Vaccination in Bombay 1889-1901 - 1889-1901
Year: 1889
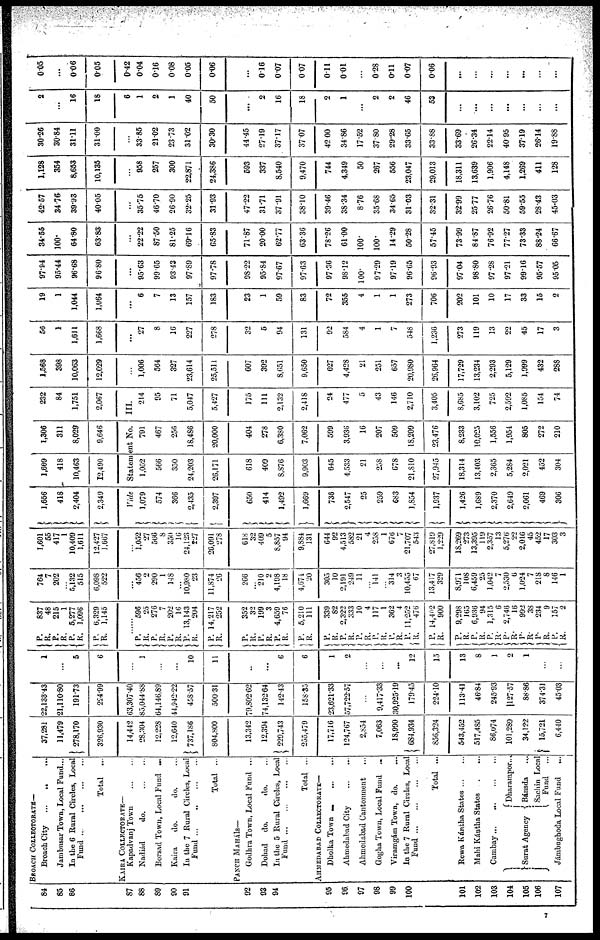
84
85
86
87
88
89
90
91
92
93
94
95
96.
97
98
99
100
101
102
103
104
105
106
107
BROACH COLLECTORATE—
Broach City
...
...
...
Jambusar Town, Local Fund...
In the 6 Rural Circles, Local
Fund ...
...
...
...
Total
...
KAIRA COLLECTORATE—
Kapadvanj Town
...
...
Nadád
do.
...
...
Borsad Town, Local Fund ...
Kaira
do.
do. ...
In the 7 Rural Circles, Local
Fund
...
...
...
...
Total ...
PANCH MAHÁls—
Godhra Town, Local Fund ...
Dohad
do.
do. ...
In the 5 Rural Circles, Local
Fund
...
...
...
...
Total ...
AHMEDABAD COLLECTORATE—
Dholka Town ... ... ...
Ahmedabad City
...
...
Ahmedabad Cantonment ...
Gogha Town, Local Fund ...
Viramgám Town, do.
In the 7 Rural Circles, Local
Fund
...
...
...
...
Total ...
Rewa Kántha States ... ...
Mahi Kántha States ... ...
Cambay...
...
...
...
Surat Agency
Dharampor...
Bánsda
...
Sachin Local
Fund
...
Jámbughoda Local Fund
...
37,281
11,479
278,170
326,930
14,442
28,304
12,228
12,640
737,186
804,800
13,342
12,394
229,743
255,479
17,716
124,767
2,854
7,063
18,990
684,934
856,324
543,452
517,485
86,074
101,289
34,122
15,721
6,440
22,133.43
21,110.80
191.73
224.99
63,307.40
85,044.88
64,146,89
44,942.22
458.57
500.31
79,802.62
74,132.64
142.43
158.35
23,621.33
57,722.57
...
9,417.33
30,925.19
179.45
224.10
113.41
46,84
245.93
127.57
88.86
374.31
45.03
1
...
5
6
...
1
...
...
10
11
...
...
6
6
1
2
...
...
...
12
15
13
8
1
2
1
...
...
P.
R.
P.
R.
P.
R.
P.
R.
...
P.
R.
P.
R.
P.
R.
P.
R.
P.
R.
P.
R.
P.
R.
P.
R.
P.
R.
P.
R.
P.
R.
P.
R.
P.
R.
P.
R.
P.
R.
P.
R.
P.
R.
P.
R.
P.
R.
P.
R.
P.
R.
P.
R.
P.
R.
837
48
215
1
5,277
1,096
6,329
1,145
...
596
25
276
7
202
16
13,143
204
14,217
252
352
32
199
3
4,659
76
5,210
111
339
82
2,322
333
10
4
117
1
362
4
11,252
476
14,402
900
9,298
165
6,936
94
1,315
6
2,746
16
992
38
234
9
157
2
764
7
202
...
6,132
515
6,098
522
...
456
2
290
1
148
...
10,980
23
11,874
26
266
...
210
2
4,198
18
4,674
20
305
10
2,191
249
11
...
141
...
314
3
10,455
67
13,417
329
8,971
108
6,459
25
1,042
7
2,530
6
1,024
7
218
8
146
1
1,601
55
417
1
10,409
1,611
12,427
1,667
...
1,052
27
566
8
350
16
24,123
227
26,091
278
618
32
409
5
8,857
94
9,884
131
644
92
4,513
582
21
4
258
1
676
7
21,707
543
27,819
1,229
18,269
273
13,395
119
2,357
13
5,276
22
2,016
45
452
17
303
3
1,656
418
2,404
2,349
1,609
418
10,463
12,490
1,306
311
8,029
9,646
232
84
1,751
2,067
Vide Statement No.
III.
1,079
574
366
2,435
2,397
650
414
1,492
1,669
736
2,547
25
259
683
1,854
1,937
1,426
1,689
2,370
2,649
2,061
469
306
1,052
566
350
24,203
26,171
618
409
8,876
9,903
645
4,533
21
258
678
21,810
27,945
18,314
13,403
2,365
5,284
2,021
452
304
791
467
256
18,486
20,000
404
278
6,380
7,062
599
3,936
16
207
509
18,209
23,476
8,233
10,025
1,556
1,954
805
272
210
214
95
71
5,047
5,427
175
111
2,132
2,418
24
477
5
43
146
2,710
3,405
8,685
3,102
725
2,592
1,085
154
74
1,568
398
10,063
12,029
...
1,006
564
327
23,614
25,511
607
392
8,651
9,650
627
4,428
21
251
657
20,980
26,964
17,729
13,234
2,293
5,129
1,999
432
288
56
1
1,611
1,668
...
27
8
16
227
278
32
5
94
131
92
584
4
1
7
548
1,236
273
119
13
22
45
17
3
19
1
1,044
1,064
...
6
7
13
157
183
23
1
59
83
72
355
4
1
1
273
706
202
101
10
17
33
15
2
97.94
95.44
96.68
96.80
...
95.63
99.65
93.43
97.89
97.78
98.22
95.84
97.67
97.63
97.36
98.12
100.
97.29
97.19
96.65
96.93
97.04
98.80
97.28
97.21
99.16
95.57
95.05
34.55
100.
64.80
63.83
...
22.22
87.50
81.25
69.16
65.83
71.87
20.00
62.77
63.36
78.26
61.00
100.
100.
14.29
50.28
57.45
73.99
84.87
76.92
77.27
73.33
88.24
66.67
42.57
34.76
39.93
40.05
...
35.75
46.70
26.90
32.25
31.93
47.22
31.71
37.91
38.10
39.46
38.34
8.76
35.68
34.65
31.03
32.31
32.99
25.77
26.76
50.81
59.55
28.43
45.03
1,128
354
8,653
10,135
...
958
257
300
22,871
24,386
593
337
8,540
9,470
744
4,349
50
267
556
23,047
29,013
18,311
13,639
1,906
4,148
1,269
411
128
30.26
30.84
31.11
31.00
...
33.85
21.02
23.73
31.02
30.30
44.45
27.19
37.17
37.07
42.00
34.86
17.52
37.80
29.28
33.65
33.88
33.69
26.34
22.14
40.95
37.19
26.14
19.88
2
...
16
18
6
1
2
1
40
50
...
2
16
18
2
1
...
2
2
46
53
...
...
...
...
...
...
...
0.05
...
0.06
0.05
0.42
0.04
0.16
0.08
0.05
0.06
...
0.16
0.07
0.07
0.11
0.01
...
0.28
0.11
0.07
0.06
...
...
...
...
...
...
...
7